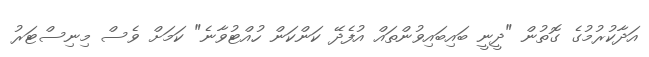
އަދާކުރުމުގެ ގޮތުން "ދީނީ ބައިބައިވުންތައް އުފެދޭ ކަންކަން ހުއްޓުވާނެ" ކަމަށް ވެސް މިނިސްޓަރު